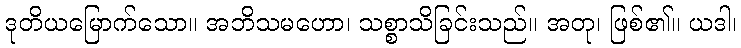
ဒုတိယမြောက်သော။ အဘိသမဟော၊ သစ္စာသိခြင်းသည်။ အတု၊ ဖြစ်၏။ ယဒါ၊